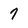
Character: 7